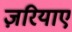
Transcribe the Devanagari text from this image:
ज़रियाए